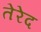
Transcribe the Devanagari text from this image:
तेरेद